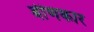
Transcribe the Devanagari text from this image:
बीणकार